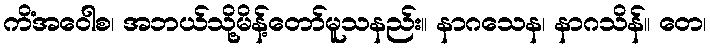
ကိံအဝေါစ၊ အဘယ်သို့မိန့်တော်မူသနည်း။ နာဂသေန၊ နာဂသိန်။ တေ၊